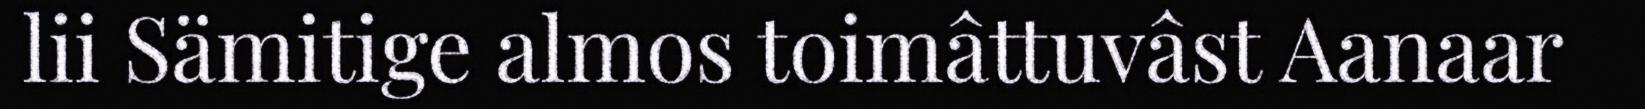
lii Sämitige almos toimâttuvâst Aanaar